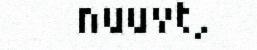
nuuvt,